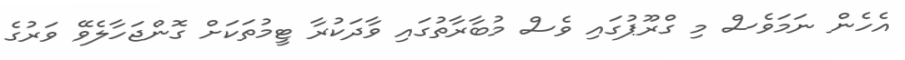
އެހެން ނަމަވެސް މި ގްރޫޕުގައި ވެސް މުބާރާތުގައި ވާދަކުރާ ޓީމުތަކަށް ގޮންޖަހާލެވޭ ވަރުގެ